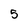
Character: 5